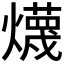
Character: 𱬦